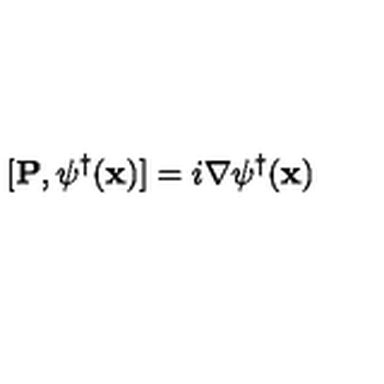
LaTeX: [ { \bf { P } } , \psi ^ { \dagger } ( { \bf { x } } ) ] = i \mathrm { } \nabla \mathrm { } \psi ^ { \dagger } ( { \bf { x } } )